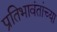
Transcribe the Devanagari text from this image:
प्रतिभावंतांच्या